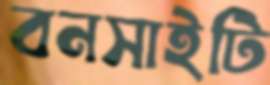
বনসাইটি